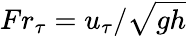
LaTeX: Fr_{\tau}=u_{\tau}/\sqrt{gh}